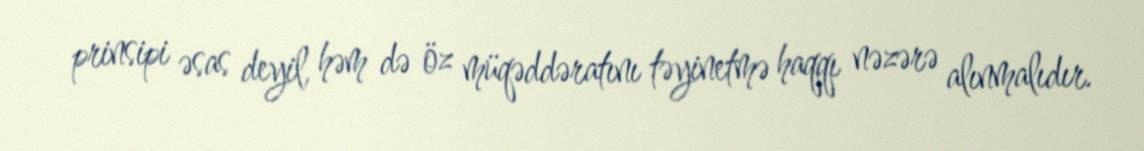
prinsipi əsas deyil, həm də öz müqəddəratını təyinetmə haqqı nəzərə alınmalıdır.